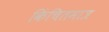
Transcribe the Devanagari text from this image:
किंचितमात्र